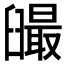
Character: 𦦣